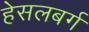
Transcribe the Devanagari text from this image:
हेसलबर्ग